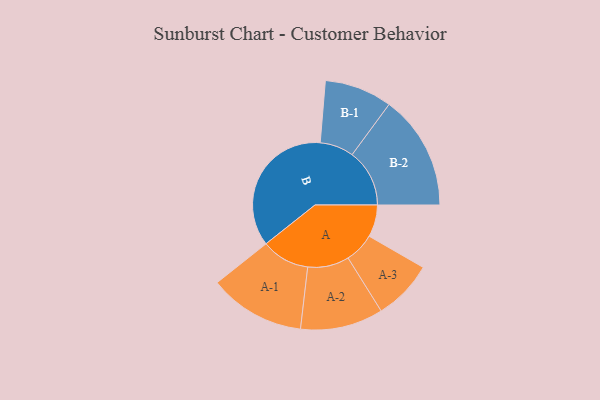
{"axis": {"x": "Segment", "y": "Value"}, "legend": ["", "A", "B"], "data": [{"x": "A", "y": 110, "type": ""}, {"x": "B", "y": 489, "type": ""}, {"x": "A-1", "y": 165, "type": "A"}, {"x": "A-2", "y": 142, "type": "A"}, {"x": "A-3", "y": 103, "type": "A"}, {"x": "B-1", "y": 116, "type": "B"}, {"x": "B-2", "y": 197, "type": "B"}]}